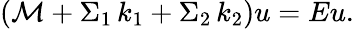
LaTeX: \begin{array}{r}{\left(\mathcal{M}+\Sigma_{1}\, k_{1}+\Sigma_{2}\, k_{2}\right)u=Eu.}\end{array}